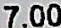
7.00